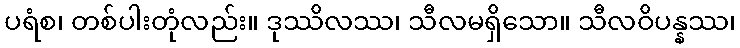
ပရံစ၊ တစ်ပါးတုံလည်း။ ဒုဿိလဿ၊ သီလမရှိသော။ သီလဝိပန္နဿ၊